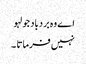
اے وہ بردباد جو لہو
نہیں فرماتا ۔